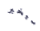
سيخبر